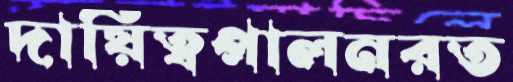
দায়িত্বপালনরত